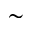
\sim